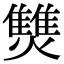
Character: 㸈